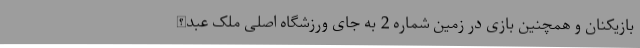
بازیکنان و همچنین بازی در زمین شماره 2 به جای ورزشگاه اصلی ملک عبدالله